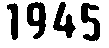
1945